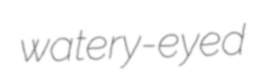
watery-eyed